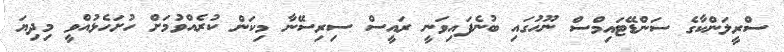
ސްރީލަންކާގެ ސަންޑޭޓައިމްސް ނޫހުގައި ބުނެފައިވަނީ ރައީސް ސިރިސޭނާ މިކަން ކުރެއްވުމަށް ހުށަހެޅުއްވީ މިދިޔަ